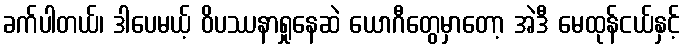
ခက်ပါတယ်၊ ဒါပေမယ့် ဝိပဿနာရှုနေဆဲ ယောဂီတွေမှာတော့ အဲဒီ မေထုန်ငယ်နှင့်